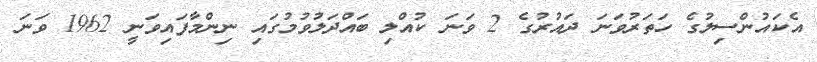
އެކައުންސިލުގެ ހަތަރުވަނަ ދައުރުގެ 2 ވަނަ ކުއްލި ބައްދަލުވުމުގައި ނިންމާފައިވަނީ 1962 ވަނަ